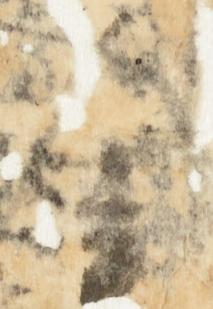
金